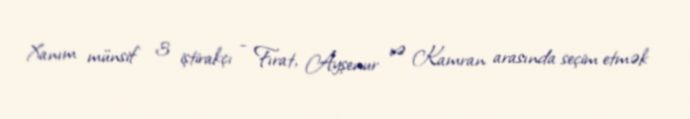
Xanım münsif 3 iştirakçı - Fırat, Ayşenur və Kamran arasında seçim etmək